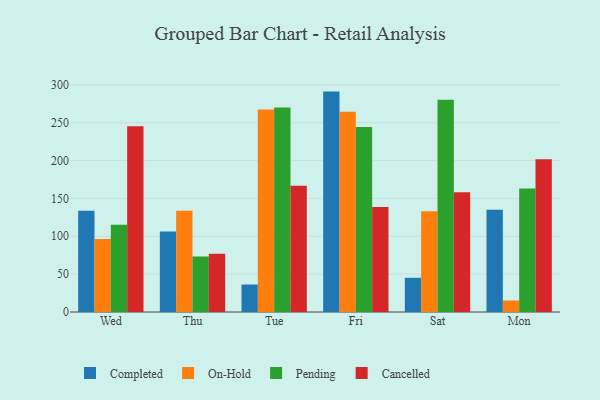
{"axis": {"x": "Day", "y": "Inventory Turnover"}, "legend": ["Cancelled", "Completed", "On-Hold", "Pending"], "data": [{"x": "Wed", "y": 133.7, "type": "Completed"}, {"x": "Wed", "y": 96.4, "type": "On-Hold"}, {"x": "Wed", "y": 115.4, "type": "Pending"}, {"x": "Wed", "y": 245.5, "type": "Cancelled"}, {"x": "Thu", "y": 106.4, "type": "Completed"}, {"x": "Thu", "y": 133.8, "type": "On-Hold"}, {"x": "Thu", "y": 73.2, "type": "Pending"}, {"x": "Thu", "y": 77.0, "type": "Cancelled"}, {"x": "Tue", "y": 36.3, "type": "Completed"}, {"x": "Tue", "y": 267.3, "type": "On-Hold"}, {"x": "Tue", "y": 270.0, "type": "Pending"}, {"x": "Tue", "y": 166.7, "type": "Cancelled"}, {"x": "Fri", "y": 291.1, "type": "Completed"}, {"x": "Fri", "y": 264.6, "type": "On-Hold"}, {"x": "Fri", "y": 244.3, "type": "Pending"}, {"x": "Fri", "y": 138.7, "type": "Cancelled"}, {"x": "Sat", "y": 45.2, "type": "Completed"}, {"x": "Sat", "y": 133.1, "type": "On-Hold"}, {"x": "Sat", "y": 280.4, "type": "Pending"}, {"x": "Sat", "y": 158.1, "type": "Cancelled"}, {"x": "Mon", "y": 135.1, "type": "Completed"}, {"x": "Mon", "y": 15.2, "type": "On-Hold"}, {"x": "Mon", "y": 163.1, "type": "Pending"}, {"x": "Mon", "y": 201.6, "type": "Cancelled"}]}